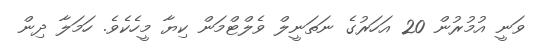
ވަނީ އުމުރުން 20 އަހަރުގެ ނަތަނީލް ވެލްޓްމަން ކިޔާ މީހެކެވެ. ހަމަލާ ދިން